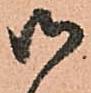
御